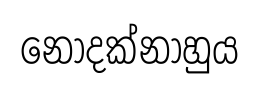
නොදක්නාහුය